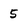
Character: 5